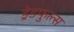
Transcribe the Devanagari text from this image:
ड्रेडफुल्स